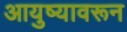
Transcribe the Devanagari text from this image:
आयुष्यावरून